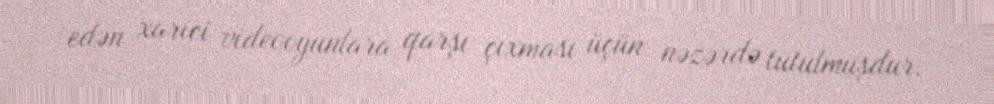
edən xarici videooyunlara qarşı çıxması üçün nəzərdə tutulmuşdur.